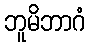
ဘူမိဘာဂံ